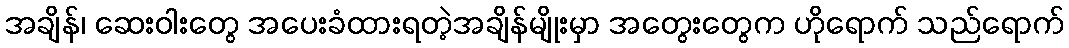
အချိန်၊ ဆေးဝါးတွေ အပေးခံထားရတဲ့အချိန်မျိုးမှာ အတွေးတွေက ဟိုရောက် သည်ရောက်